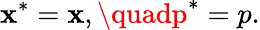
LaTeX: \mathbf{x}^{\ast}=\mathbf{x},\quadp^{\ast}=p.